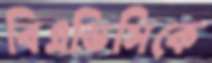
বিএডিসিকে